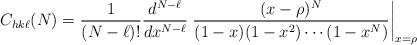
LaTeX: \begin{align*} C_{hk\ell}(N) = \frac{1}{(N-\ell)!}\frac{d^{N-\ell}}{dx^{N-\ell}} \left. \frac{(x-\rho)^{N}}{(1-x)(1-x^2) \cdots (1-x^N)}\right|_{x=\rho}\end{align*}